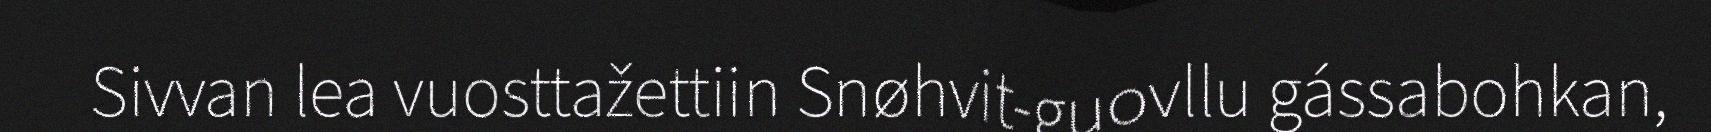
Sivvan lea vuosttažettiin Snøhvit-guovllu gássabohkan,